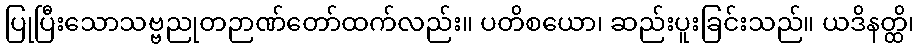
ပြုပြီးသောသဗ္ဗညုတဉာဏ်တော်ထက်လည်း။ ပတိစယော၊ ဆည်းပူးခြင်းသည်။ ယဒိနတ္ထိ၊